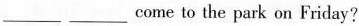
___ ___ come to the park on Friday?